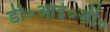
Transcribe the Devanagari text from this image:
डी०आई०जी०